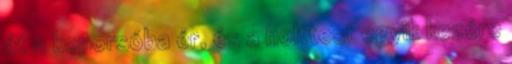
át a koporsóba ér, és a holttest egyik kezére